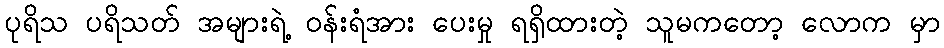
ပုရိသ ပရိသတ် အများရဲ့ ဝန်းရံအား ပေးမှု ရရှိထားတဲ့ သူမကတော့ လောက မှာ